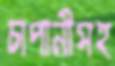
চাপানীসহ